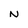
Character: N